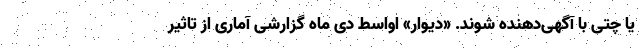
یا چتی با آگهی‌دهنده شوند. «دیوار» اواسط دی ماه گزارشی آماری از تاثیر